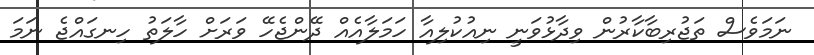
ނަމަވެސް ތަޖުރިބާކާރުން ވިދާޅުވަނީ ނިއުކުލިއާ ހަމަލާއެއް ދޭންޖެހޭ ވަރަށް ހާލަތު ހިނގައްޖެ ނަމަ